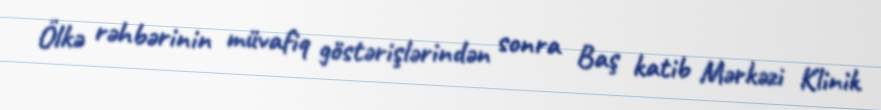
Ölkə rəhbərinin müvafiq göstərişlərindən sonra Baş katib Mərkəzi Klinik